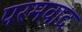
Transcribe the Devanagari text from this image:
परमवाद